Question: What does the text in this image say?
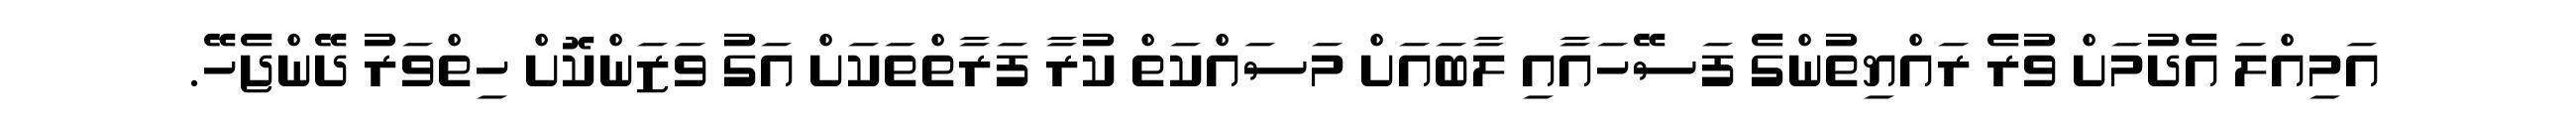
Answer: އަމިއްލަ އެދުމަށް ވުރެ ރައްޔިތުންގެ ފަސޭހައާއި ލާބައަށް މަސައްކަތް ކުރާ ފަރާތްތަކަށް އަގު ވަޒަންކޮށް ހިތްވަރު ދޭންޖެހޭ.